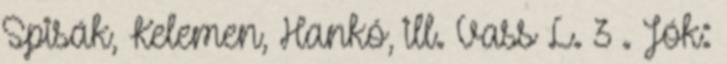
Spisák, Kelemen, Hankó, ill. Vass L. 3 . Jók: